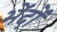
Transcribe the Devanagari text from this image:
भेंदों